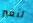
لنغير